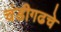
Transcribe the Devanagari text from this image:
चंडीगढचे